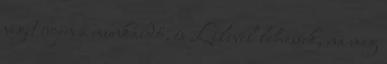
véget érjen a munkaidő, és Lilivel lehessek, na meg